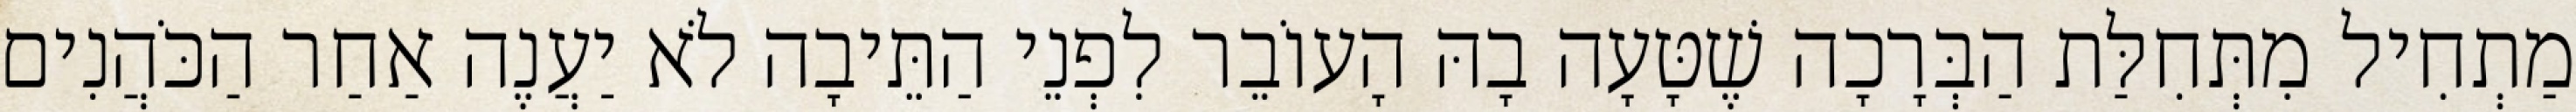
מַתְחִיל מִתְּחִלַּת הַבְּרָכָה שֶׁטָּעָה בָהּ הָעוֹבֵר לִפְנֵי הַתֵּיבָה לֹא יַעֲנֶה אַחַר הַכֹּהֲנִים